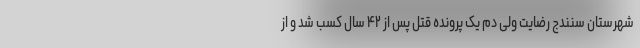
شهرستان سنندج رضایت ولی دم یک پرونده قتل پس از ۴۲ سال کسب شد و از